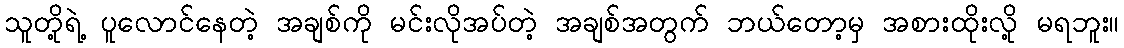
သူတို့ရဲ့ ပူလောင်နေတဲ့ အချစ်ကို မင်းလိုအပ်တဲ့ အချစ်အတွက် ဘယ်တော့မှ အစားထိုးလို့ မရဘူး။